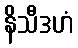
နိသီဒဟံ